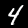
Label: 4